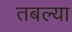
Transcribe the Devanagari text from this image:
तबल्या